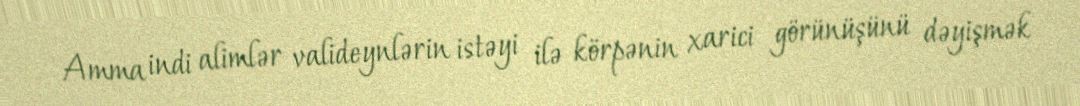
Amma indi alimlər valideynlərin istəyi ilə körpənin xarici görünüşünü dəyişmək